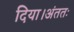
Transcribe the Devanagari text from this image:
दिया।अंततः